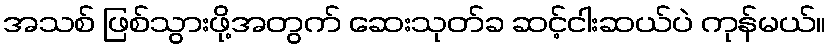
အသစ် ဖြစ်သွားဖို့အတွက် ဆေးသုတ်ခ ဆင့်ငါးဆယ်ပဲ ကုန်မယ်။